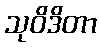
သုဝိဒိတာ